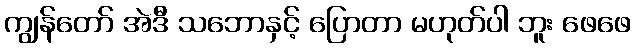
ကျွန်တော် အဲဒီ သဘောနှင့် ပြောတာ မဟုတ်ပါ ဘူး ဖေဖေ